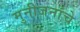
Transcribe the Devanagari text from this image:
मुनीजनांचे